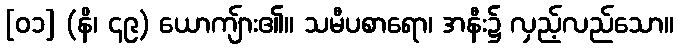
[၀၁] (နိ၊ ၄၉) ယောကျ်ား၏။ သမီပစာရော၊ အနီး၌ လှည့်လည်သော။